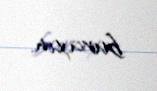
buraxın.